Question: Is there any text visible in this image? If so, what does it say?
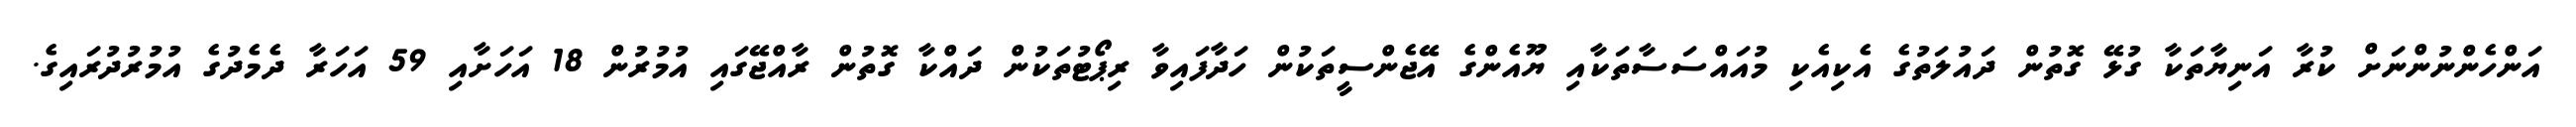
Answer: އަންހެންނުންނަށް ކުރާ އަނިޔާތަކާ ގުޅޭ ގޮތުން ދައުލަތުގެ އެކިއެކި މުއައްސަސާތަކާއި ޔޫއެންގެ އޭޖެންސީތަކުން ހަދާފައިވާ ރިޕޯޓުތަކުން ދައްކާ ގޮތުން ރާއްޖޭގައި އުމުރުން 18 އަހަށާއި 59 އަހަރާ ދެމެދުގެ އުމުރުދުރައިގެ.